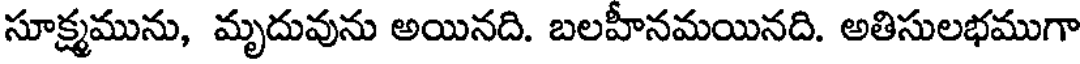
సూక్ష్మమును, మృదువును అయినది. బలహీనమయినది. అతిసులభముగా